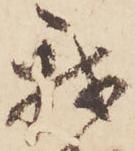
我